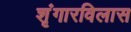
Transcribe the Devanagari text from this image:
शृंगारविलास